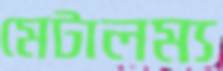
মেটালম্য